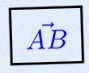
\vec{AB}